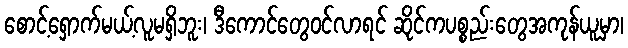
စောင့်ရှောက်မယ့်လူမရှိဘူး၊ ဒီကောင်တွေဝင်လာရင် ဆိုင်ကပစ္စည်းတွေအကုန်ယူမှာ၊